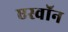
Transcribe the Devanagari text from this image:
एस्वॉन